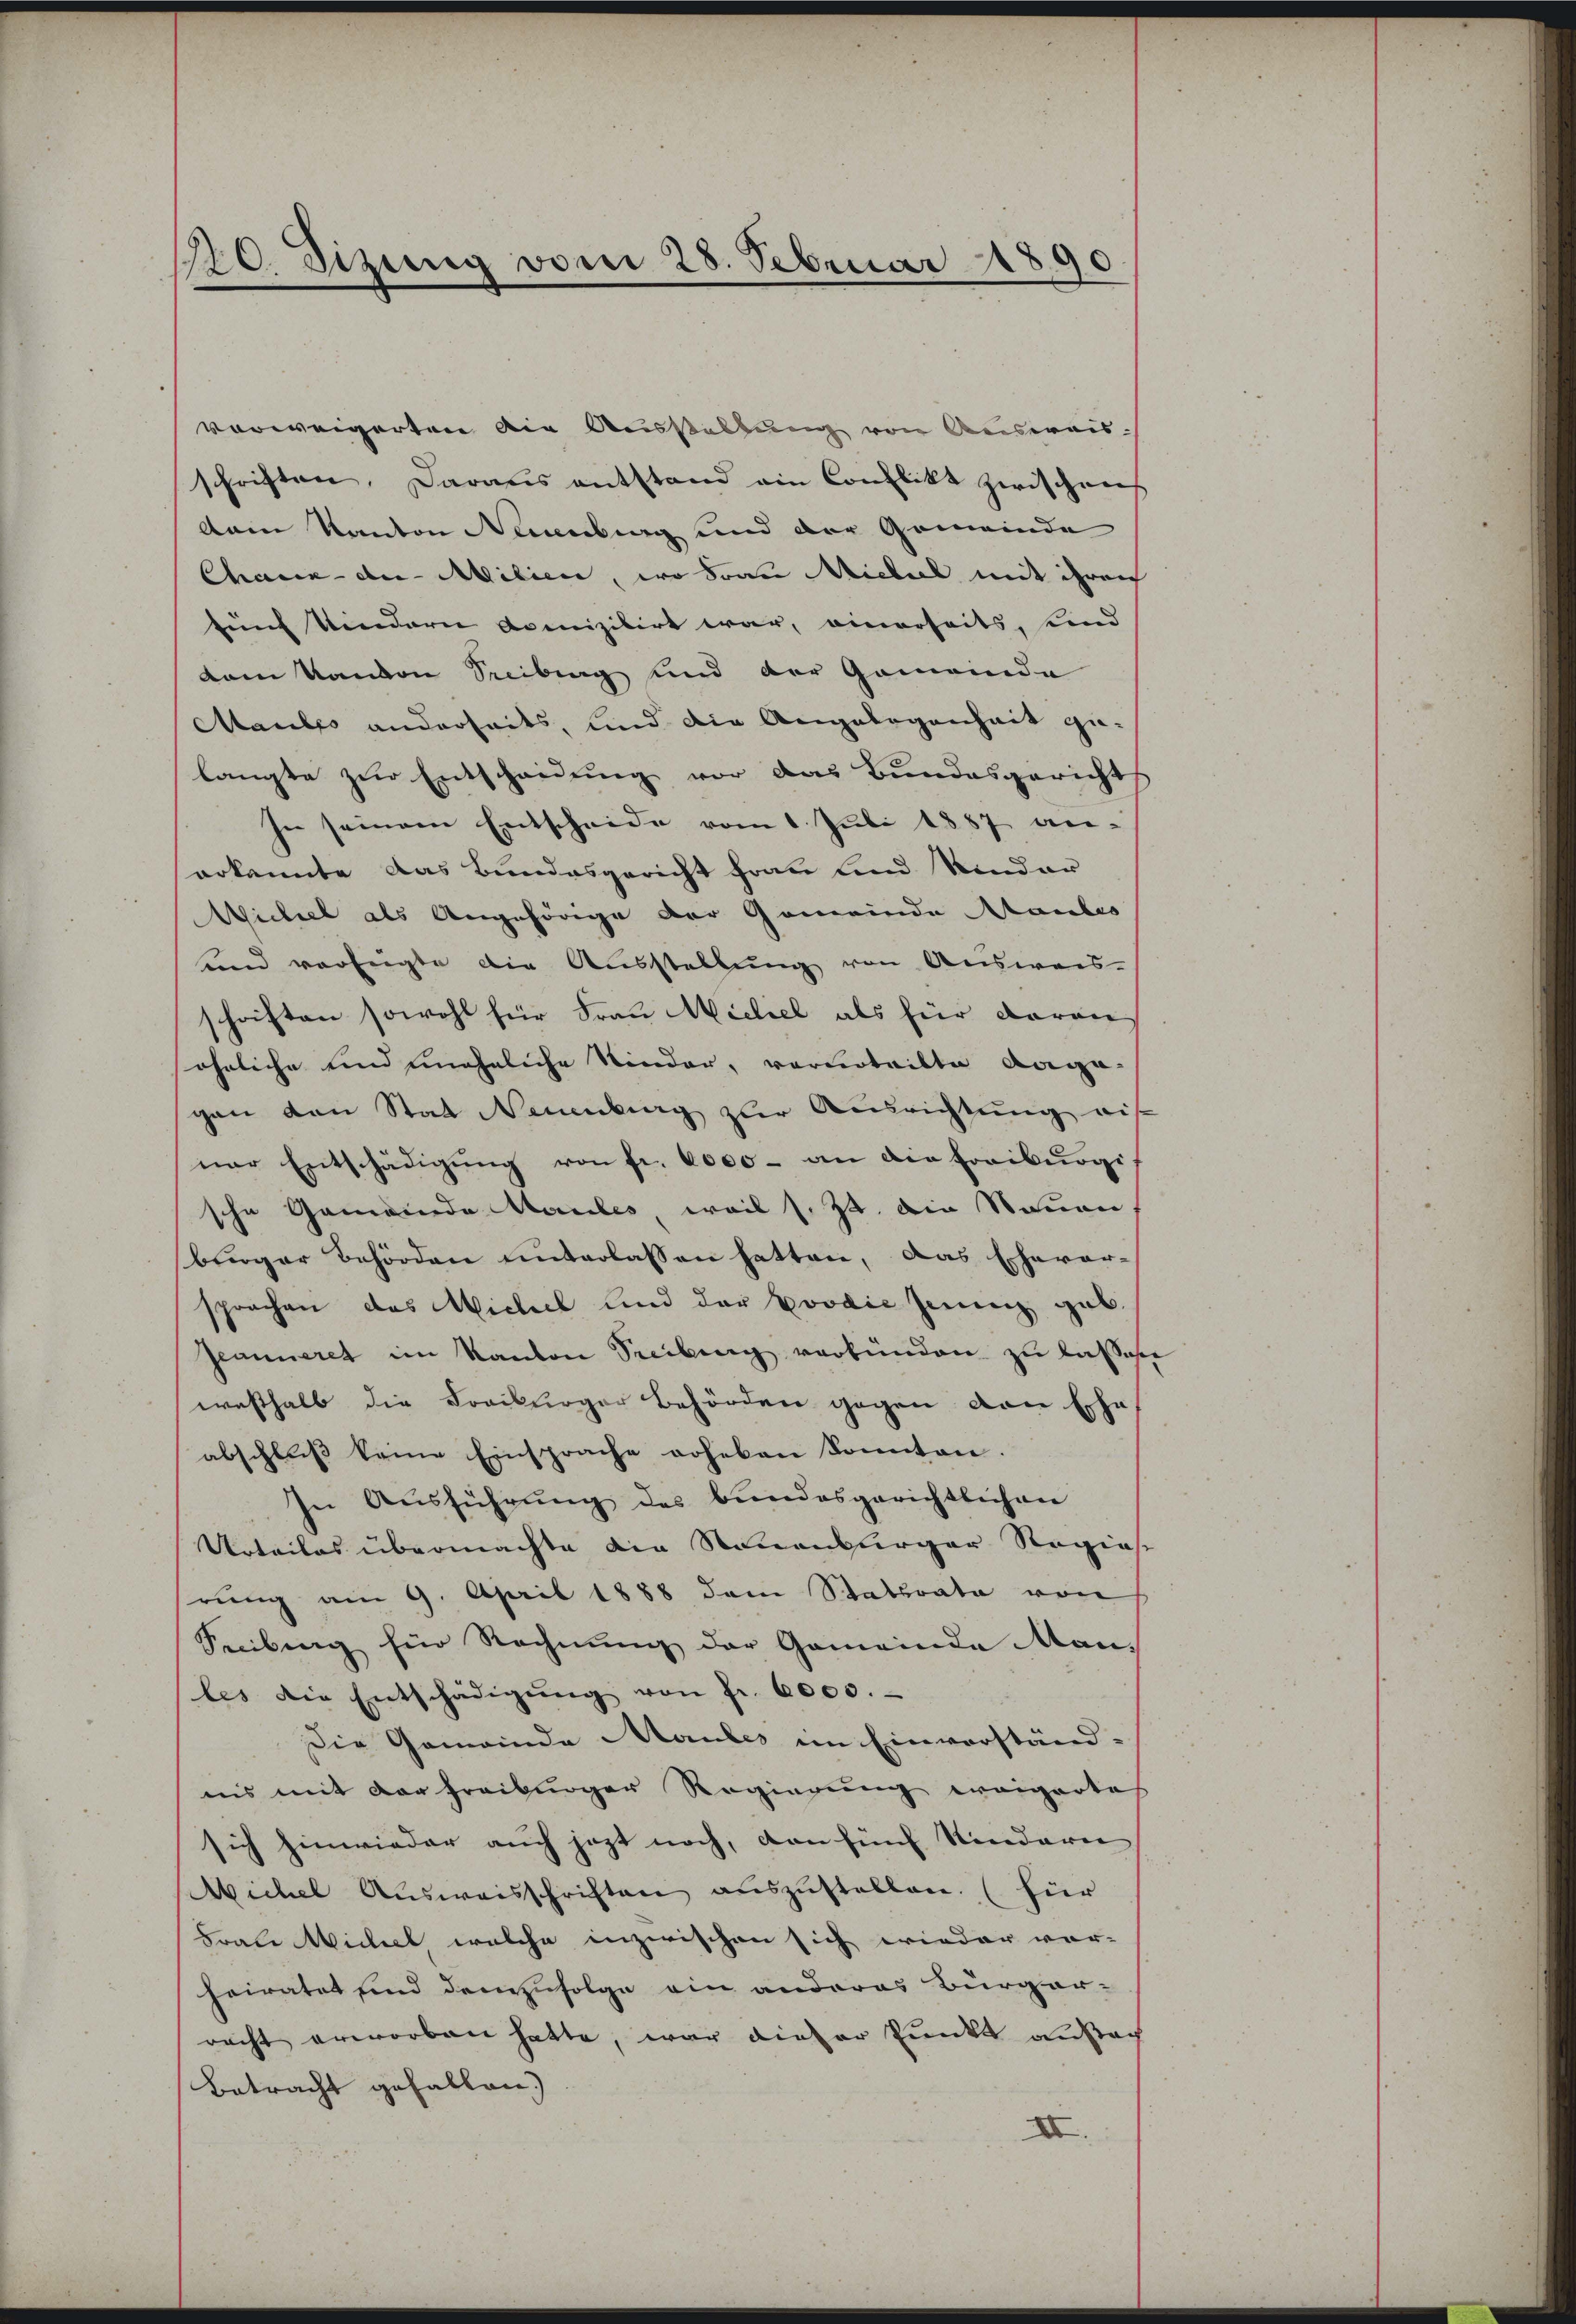
10. Dizung vom 28. Februar 1890

vorweigerten die Ausstellung von Ausweis
schriften. Daraus entstand ein Conflikt zwischens
dam Kanton Neuenburg und der Gemeinde
Chaux-der Milien, wo Frau Michael mit ihren
fünf Kindern domizilirt war, einerseits, Kind
dam Kanton Freiburg sind der Gemeinde
Maules anderseits, und die Angelegenheit gelangte zur Entscheidung vor das Bundesgericht
In seinem Entscheide vom 1. Juli 1887 an-
erkannte das Bundesgericht frau und Kinder
Wichell als Angehörige der Gemeinde Maules
und verfügte die Ausstellung von Ausweis-
schriften sowohl für Frau Nicliel als für daran
ähnliche und uneheliche Kinder, vorurteilte Angagen von Stat Neuenburg zur Ausrichtung auf
ner Entschädigŭng von fr. 6000 - an die Freiburgi
sche Gemeinde Maules, weil s. 24. Die Stauen,
briger Behörden unterlassen hatten, das Ehever-
sprochen das Michael und der Boodie Jung geb.
Jeanneret im Kanton Treibung verbunden zu lasse
weshalb die Freiburger Behörden gegen von Ehe
abschluß keine Einsprache erheben Sonnten.
In Ausführŭng des bundesgerichtlichen
Urteiles übermachte die Neuenburger Regies
rung am 9. April 1888 dem Staturate von
Seeilung für Rechnŭng der Gemeinde Manles die Entschädigŭng von Fr. 6000.-
Die Gemeinde Maules im Einverständ-
iis mit der Freibunger Regierung weigertes
sich hinwieder auch jezt noch, den fünf Kinderen
Michel Aŭsweisschriften aŭszŭstellen. (für
Frale Michael welche inzwischen sich wieder vor-
heiratet sind demzufolge ein anderes Burger-
racht erworben hatte, war dieser Punkt ausach
Betracht gefallen.
II.

2